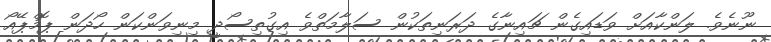
ނޫނެވެ. ލަންކާއަށް ވަޑައިގެން ޗައިނާގެ ދަރަނިތަކުން ސަލާމަތްވެ އިގުތިސޯދީ މިނިވަންކަން ހޯދަން ޕޮމްޕޭއޯ